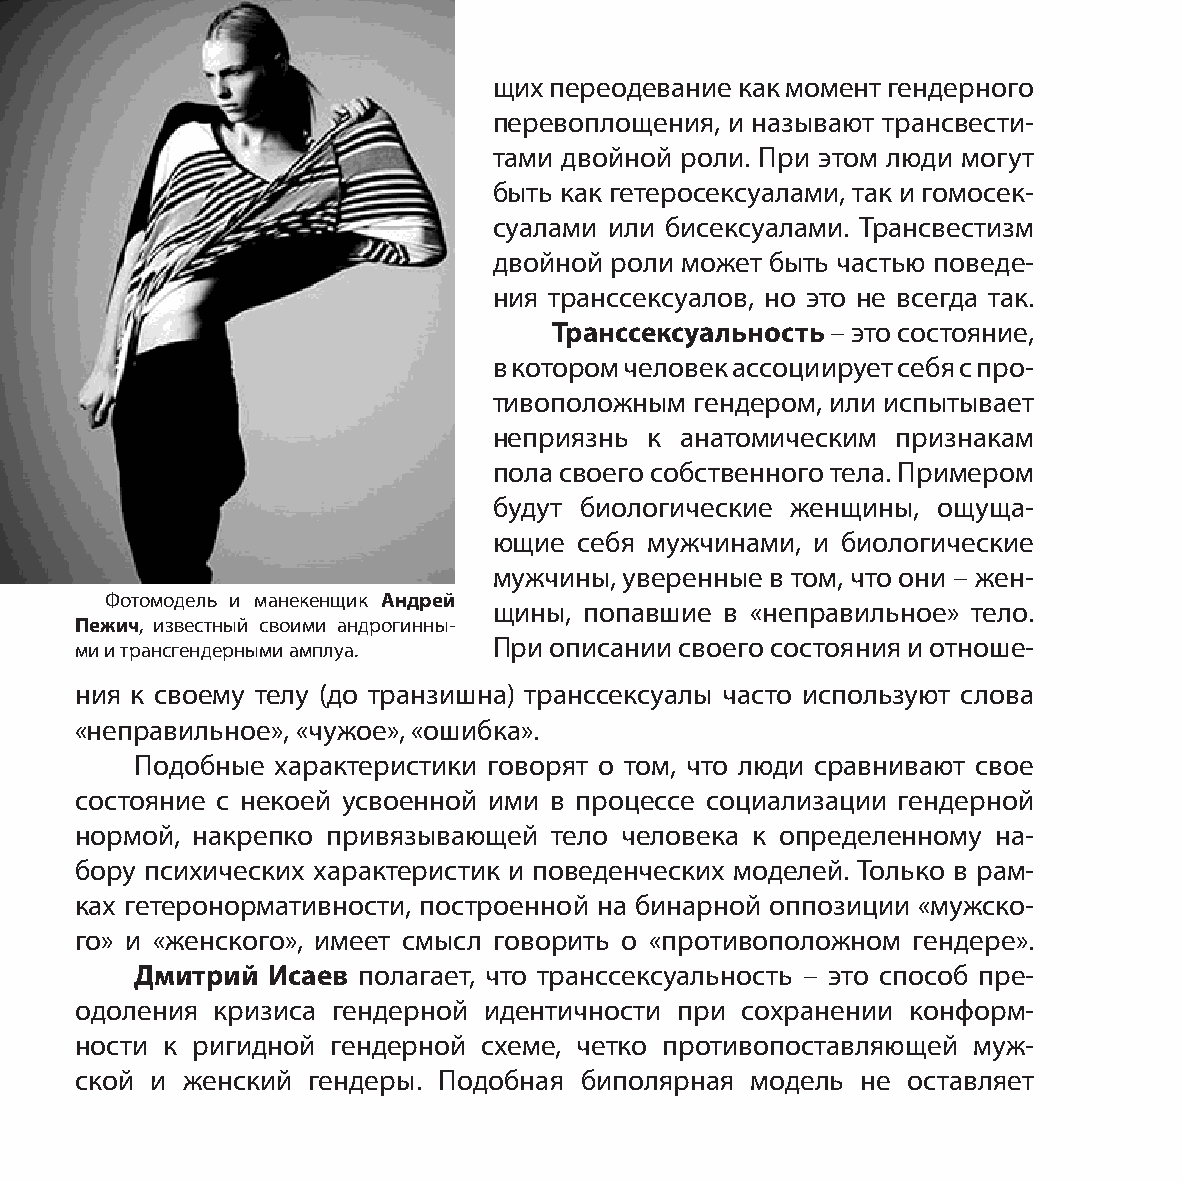
щих переодевание как момент гендерного
 перевоплощения, и называют трансвести-
 тами двойной роли. При этом люди могут
 быть как гетеросексуалами, так и гомосек-
 суалами или бисексуалами. Трансвестизм
 двойной роли может быть частью поведе-
 ния транссексуалов, но это не всегда так.
 Транссексуальность – это состояние,
 в котором человек ассоциирует себя с про-
 тивоположным гендером, или испытывает
 неприязнь к анатомическим признакам
 пола своего собственного тела. Примером
 будут биологические женщины, ощуща-
 ющие себя мужчинами, и биологические
 мужчины, уверенные в том, что они – жен-
 Фотомодель и манекенщик Андрей
 щины, попавшие в «неправильное» тело.
 Пежич, известный своими андрогинны-
 ми и трансгендерными амплуа. При описании своего состояния и отноше-
 ния к своему телу (до транзишна) транссексуалы часто используют слова
 «неправильное», «чужое», «ошибка».
 Подобные характеристики говорят о том, что люди сравнивают свое
 состояние с некоей усвоенной ими в процессе социализации гендерной
 нормой, накрепко привязывающей тело человека к определенному на-
 бору психических характеристик и поведенческих моделей. Только в рам-
 ках гетеронормативности, построенной на бинарной оппозиции «мужско-
 го» и «женского», имеет смысл говорить о «противоположном гендере».
 Дмитрий  Исаев полагает, что транссексуальность – это способ пре-
 одоления кризиса гендерной идентичности при сохранении конформ-
 ности к ригидной гендерной схеме, четко противопоставляющей муж-
 ской и женский гендеры. Подобная биполярная  модель не оставляет